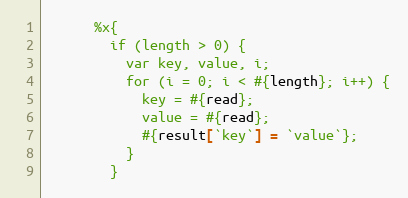
Language: Ruby
      %x{
        if (length > 0) {
          var key, value, i;
          for (i = 0; i < #{length}; i++) {
            key = #{read};
            value = #{read};
            #{result[`key`] = `value`};
          }
        }